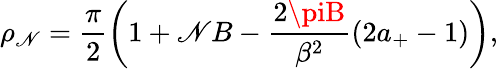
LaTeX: \rho_{\mathscr{N}}=\frac{{\pi}}{{2}}\left(1+\mathscr{N}B-\frac{{2\piB}}{{\beta^{2}}}(2a_{+}-1)\right),